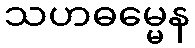
သဟဓမ္မေန